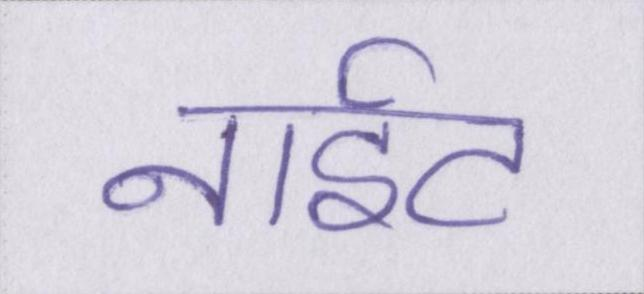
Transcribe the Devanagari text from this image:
नाईट